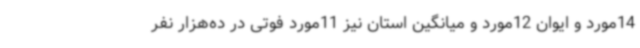
14مورد و ایوان 12مورد و میانگین استان نیز 11مورد فوتی در ده‌هزار نفر